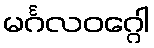
မင်္ဂလဝဂ္ဂေါ